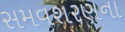
સમવશરણના